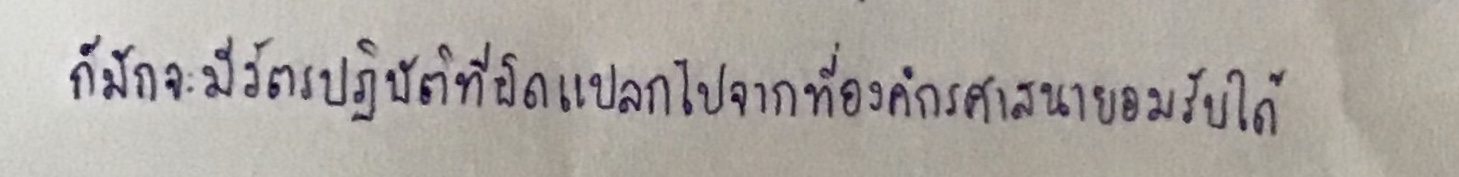
ก็มักจะมีวัตรปฏิบัติที่ผิดแปลกไปจากที่องค์กรศาสนายอมรับได้